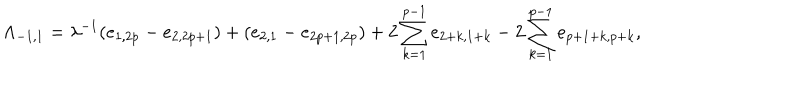
\Lambda _ { - 1 , 1 } = \lambda ^ { - 1 } ( e _ { 1 , 2 p } - e _ { 2 , 2 p + 1 } ) + ( e _ { 2 , 1 } - e _ { 2 p + 1 , 2 p } ) + 2 \sum _ { k = 1 } ^ { p - 1 } e _ { 2 + k , 1 + k } - 2 \sum _ { k = 1 } ^ { p - 1 } e _ { p + 1 + k , p + k } ,